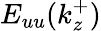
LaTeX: E_{uu}(k_{z}^{+})